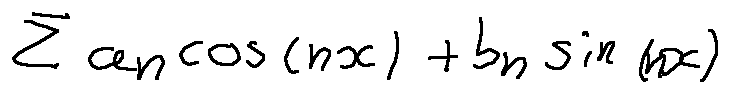
\sum a _ { n } \cos ( n x ) + b _ { n } \sin ( n x )